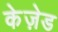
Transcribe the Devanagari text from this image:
केज़ेड